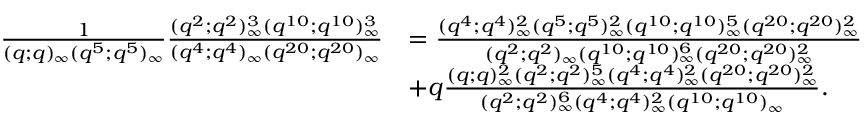
\begin{array} { r l } { \frac { 1 } { ( q ; q ) _ { \infty } ( q ^ { 5 } ; q ^ { 5 } ) _ { \infty } } \frac { ( q ^ { 2 } ; q ^ { 2 } ) _ { \infty } ^ { 3 } ( q ^ { 1 0 } ; q ^ { 1 0 } ) _ { \infty } ^ { 3 } } { ( q ^ { 4 } ; q ^ { 4 } ) _ { \infty } ( q ^ { 2 0 } ; q ^ { 2 0 } ) _ { \infty } } } & { = \frac { ( q ^ { 4 } ; q ^ { 4 } ) _ { \infty } ^ { 2 } ( q ^ { 5 } ; q ^ { 5 } ) _ { \infty } ^ { 2 } ( q ^ { 1 0 } ; q ^ { 1 0 } ) _ { \infty } ^ { 5 } ( q ^ { 2 0 } ; q ^ { 2 0 } ) _ { \infty } ^ { 2 } } { ( q ^ { 2 } ; q ^ { 2 } ) _ { \infty } ( q ^ { 1 0 } ; q ^ { 1 0 } ) _ { \infty } ^ { 6 } ( q ^ { 2 0 } ; q ^ { 2 0 } ) _ { \infty } ^ { 2 } } } \\ & { + q \frac { ( q ; q ) _ { \infty } ^ { 2 } ( q ^ { 2 } ; q ^ { 2 } ) _ { \infty } ^ { 5 } ( q ^ { 4 } ; q ^ { 4 } ) _ { \infty } ^ { 2 } ( q ^ { 2 0 } ; q ^ { 2 0 } ) _ { \infty } ^ { 2 } } { ( q ^ { 2 } ; q ^ { 2 } ) _ { \infty } ^ { 6 } ( q ^ { 4 } ; q ^ { 4 } ) _ { \infty } ^ { 2 } ( q ^ { 1 0 } ; q ^ { 1 0 } ) _ { \infty } } . } \end{array}